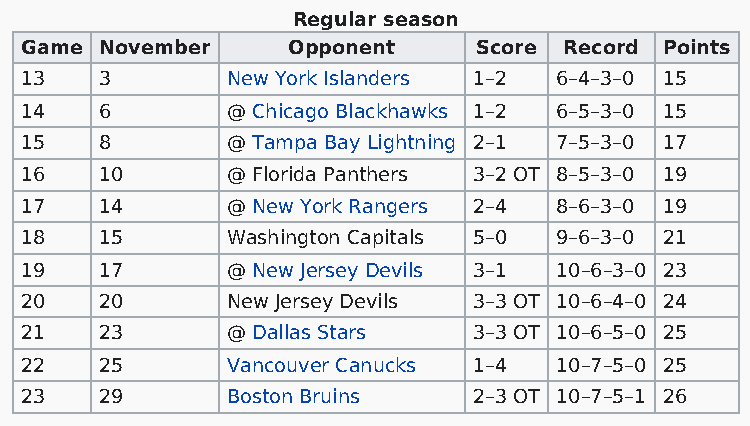
Regular season
 Game  November    Opponent     Score Record Points
 13    3       New York Islanders 1–2 6–4–3–0 15
 14    6       @ Chicago Blackhawks 1–2 6–5–3–0 15
 15    8       @ Tampa Bay Lightning 2–1 7–5–3–0 17
 16    10      @ Florida Panthers 3–2 OT 8–5–3–0 19
 17    14      @ New York Rangers 2–4 8–6–3–0 19
 18    15      Washington Capitals 5–0 9–6–3–0 21
 19    17      @ New Jersey Devils 3–1 10–6–3–0 23
 20    20      New Jersey Devils 3–3 OT 10–6–4–0 24
 21    23      @ Dallas Stars  3–3 OT 10–6–5–0 25
 22    25      Vancouver Canucks 1–4 10–7–5–0 25
 23    29      Boston Bruins   2–3 OT 10–7–5–1 26